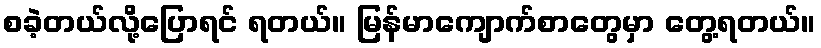
စခဲ့တယ်လို့ပြောရင် ရတယ်။ မြန်မာကျောက်စာတွေမှာ တွေ့ရတယ်။